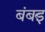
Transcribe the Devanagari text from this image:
बंबर्इ